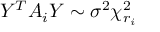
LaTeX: Y ^ { T } A _ { i } Y \sim \sigma ^ { 2 } \chi _ { r _ { i } } ^ { 2 }